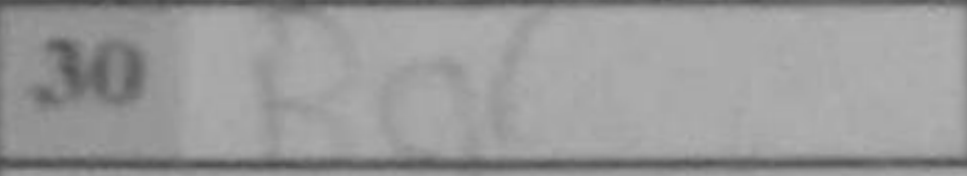
Transcription: Ba6